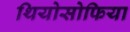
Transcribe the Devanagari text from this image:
थियोसोफिया